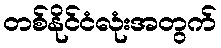
တစ်နိုင်ငံလုံးအတွက်